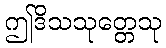
ဤဒိသသုတ္တေသု